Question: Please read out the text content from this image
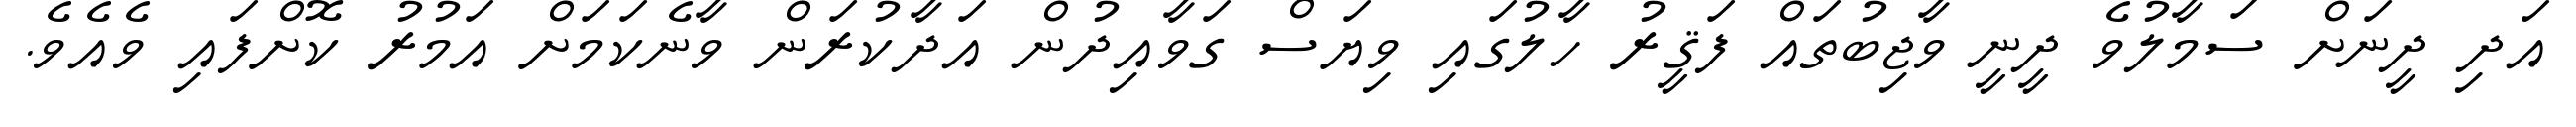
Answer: އަދި ދީނަށް ސަމާލުވެ ދީނީ ވާޖިބުތައް ފަޤީރު ހާލުގައި ވިޔަސް ގަވާއިދުން އަދާކުރަން ވާނެކަމަށް އަމުރު ކޮށްފައި ވެއެވެ.